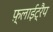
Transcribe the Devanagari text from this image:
फ़्लाईट्रैप